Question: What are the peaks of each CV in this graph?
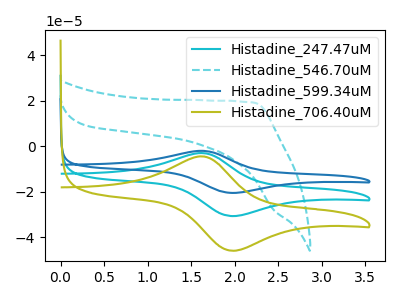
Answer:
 <answer>The cyan curve "Histadine_247.47uM" has an anodic peak at (1.60V, -2.95uA) and a cathodic peak at (1.95V, -30.65uA). The cyan dashed curve "Histadine_546.70uM" has no peaks. The blue curve "Histadine_599.34uM" has an anodic peak at (1.60V, -5.85uA) and a cathodic peak at (1.95V, -61.30uA). The olive curve "Histadine_706.40uM" has an anodic peak at (1.60V, -4.40uA) and a cathodic peak at (1.95V, -45.90uA).</answer>
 <eval></eval>